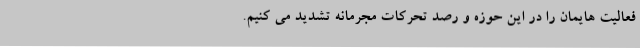
فعالیت هایمان را در این حوزه و رصد تحرکات مجرمانه تشدید می کنیم.